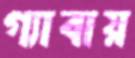
গ্যাবায়